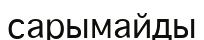
сарымайды